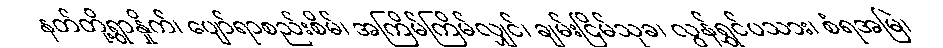
နတ်တို့ရွာနှိုက်၊ ပျော်ရာစည်းစိမ်၊ အကြိမ်ကြိမ်လျှင်၊ ချမ်းငြိမ်သုခ၊ လွန်ရွှင်ပသား၊ စံရအမြဲ၊